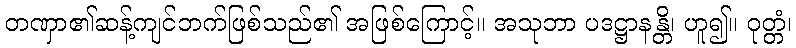
တဏှာ၏ဆန့်ကျင်ဘက်ဖြစ်သည်၏ အဖြစ်ကြောင့်။ အသုဘာ ပဒဋ္ဌာနန္တိ၊ ဟူ၍။ ဝုတ္တံ၊